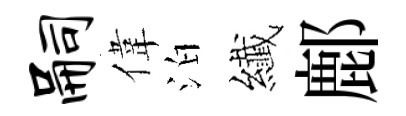
嗣偉泊纎鄜